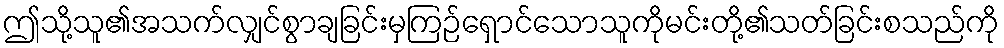
ဤသို့သူ၏အသက်လျှင်စွာချခြင်းမှကြဉ်ရှောင်သောသူကိုမင်းတို့၏သတ်ခြင်းစသည်ကို